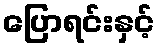
ပြောရင်းနှင့်